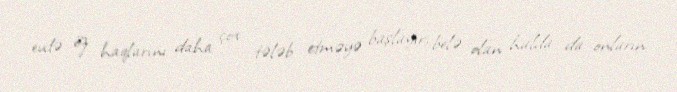
evdə öz haqlarını daha çox tələb etməyə başlayır, belə olan halda da onların